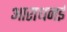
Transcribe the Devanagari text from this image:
आराधनई